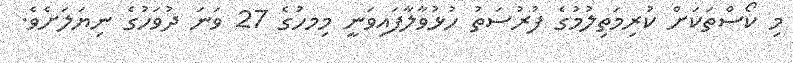
މި ކޯސްތަކަށް ކުރިމަތިލުމުގެ ފުރުސަތު ހުޅުވާލާފައިވަނީ މިމހަުގެ 27 ވަނަ ދުވަހުގެ ނިޔަލަށެވެ.